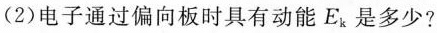
(2)电子通过偏向板时具有动能E_{k}是多少?